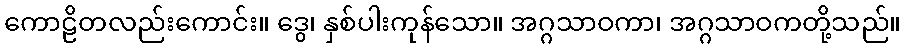
ကောဠိတလည်းကောင်း။ ဒွေ၊ နှစ်ပါးကုန်သော။ အဂ္ဂသာဝကာ၊ အဂ္ဂသာဝကတို့သည်။